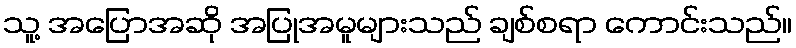
သူ့ အပြောအဆို အပြုအမူများသည် ချစ်စရာ ကောင်းသည်။